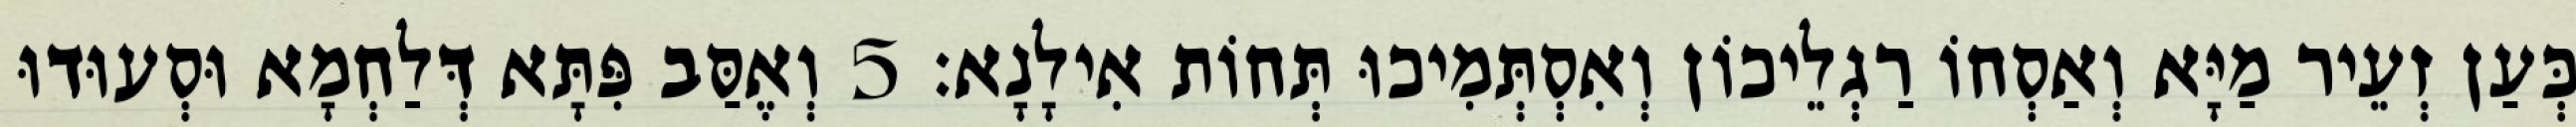
כְּעַן זְעֵיר מַיָּא וְאַסְחוֹ רַגְלֵיכוֹן וְאִסְתְּמִיכוּ תְּחוֹת אִילָנָא׃ 5 וְאֶסַּב פִּתָּא דְּלַחְמָא וּסְעוּדוּ